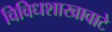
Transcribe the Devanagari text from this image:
विविधशाखावाटे